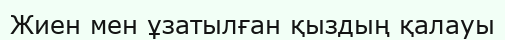
Жиен мен ұзатылған қыздың қалауы